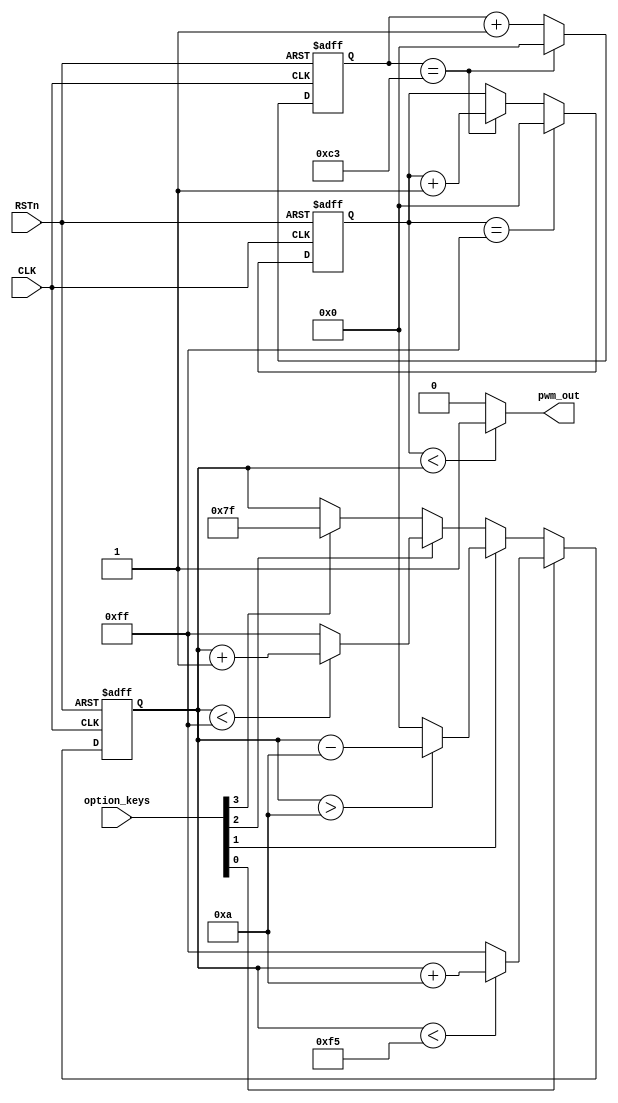
`timescale 1ns / 1ps
//////////////////////////////////////////////////////////////////////////////////
// Company: 
// Engineer: 
// 
// Design Name: 
// Module Name:    optional_pwm_module 
// Project Name: 
// Target Devices: 
// Tool versions: 
// Description: 
//
// Dependencies: 
//
// Revision: 
// Revision 0.01 - File Created
// Additional Comments: 
//
//////////////////////////////////////////////////////////////////////////////////
module optional_pwm_module(
    CLK,
    RSTn,
    option_keys,
    pwm_out
    );
    
    input CLK;
    input RSTn;
    input [3:0]option_keys;
    output pwm_out;

    /*
     * 1KHz256
     * t = 1ms/256=3.9us
     * 50MHz n=50 * 3.9 = 195
     */
    // 3.9us
    parameter SEGMENT = 8'd195;
    
    reg [7:0]count;
    
    always @(posedge CLK or negedge RSTn) begin
        if(!RSTn)
            count <= 8'd0;
        else if(count == SEGMENT)
            count <= 8'd0;
        else
            count <= count + 1'b1;
    end
    
    
    reg [7:0]system_seg;
    
    always @(posedge CLK or negedge RSTn) begin
        if(!RSTn)
            system_seg <= 8'd0;
        else if (system_seg == 8'd255)
            system_seg <= 8'd0;
        else if (count == SEGMENT)
            system_seg <= system_seg + 1'b1;
    end
    
    reg [7:0]option_seg;
    
    always @(posedge CLK or negedge RSTn) begin
        if (!RSTn)
            option_seg <= 8'd0;
        else if (option_keys[0]) begin // PWM+10
            if(option_seg < 8'd245)
                option_seg <= option_seg + 8'd10;
            else
                option_seg <= 8'd255;
        end
        else if (option_keys[1]) begin // PWM-10
            if (option_seg > 8'd10)
                option_seg <= option_seg - 8'd10;
            else
                option_seg <= 8'd0;
        end
        else if (option_keys[2]) begin // PWM+1
            if(option_seg < 8'd255)
                option_seg <= option_seg + 8'd1;
            else
                option_seg <= 8'd255;
        end
        else if (option_keys[3]) begin // half PWM
                option_seg <= 8'd127;
        end
    end
    
    
    assign pwm_out = (system_seg < option_seg) ? 1'b1 :1'b0;


endmodule